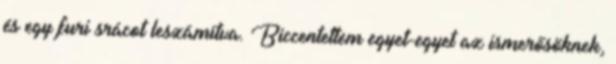
és egy furi srácot leszámítva. Biccentettem egyet-egyet az ismerősöknek,